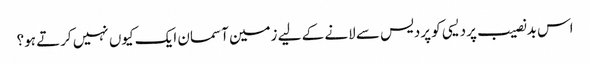
اس بدنصیب پردیسی کو پردیس سے لانے کے لیے زمین آسمان ایک کیوں نہیں کرتے ہو؟